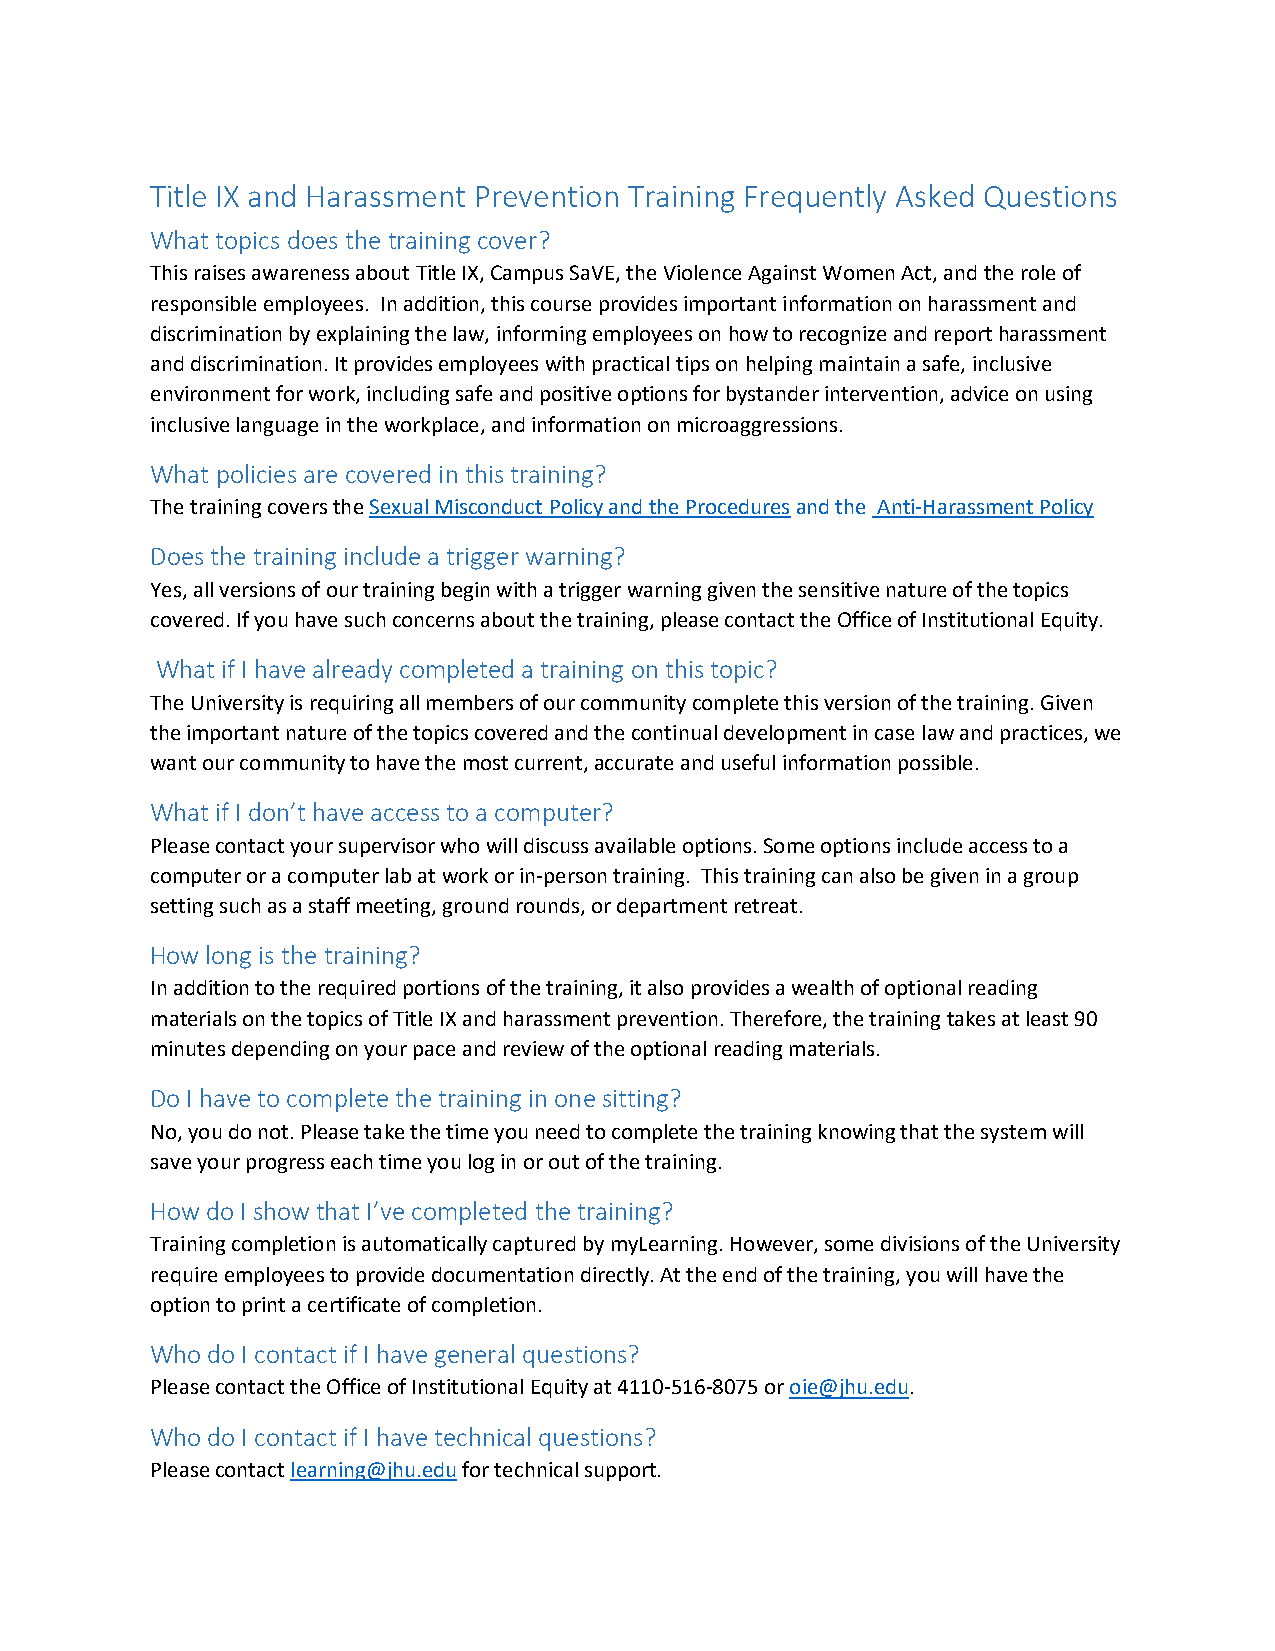
Title IX and Harassment Prevention Training Frequently Asked Questions
 What topics does the training cover?
 This raises awareness about Title IX, Campus SaVE, the Violence Against Women Act, and the role of
 responsible employees. In addition, this course provides important information on harassment and
 discrimination by explaining the law, informing employees on how to recognize and report harassment
 and discrimination. It provides employees with practical tips on helping maintain a safe, inclusive
 environment for work, including safe and positive options for bystander intervention, advice on using
 inclusive language in the workplace, and information on microaggressions.
 What policies are covered in this training?
 The training covers the Sexual Misconduct Policy and the Procedures and the Anti-Harassment Policy
 Does the training include a trigger warning?
 Yes, all versions of our training begin with a trigger warning given the sensitive nature of the topics
 covered. If you have such concerns about the training, please contact the Office of Institutional Equity.
 What if I have already completed a training on this topic?
 The University is requiring all members of our community complete this version of the training. Given
 the important nature of the topics covered and the continual development in case law and practices, we
 want our community to have the most current, accurate and useful information possible.
 What if I don’t have access to a computer?
 Please contact your supervisor who will discuss available options. Some options include access to a
 computer or a computer lab at work or in-person training. This training can also be given in a group
 setting such as a staff meeting, ground rounds, or department retreat.
 How long is the training?
 In addition to the required portions of the training, it also provides a wealth of optional reading
 materials on the topics of Title IX and harassment prevention. Therefore, the training takes at least 90
 minutes depending on your pace and review of the optional reading materials.
 Do I have to complete the training in one sitting?
 No, you do not. Please take the time you need to complete the training knowing that the system will
 save your progress each time you log in or out of the training.
 How do I show that I’ve completed the training?
 Training completion is automatically captured by myLearning. However, some divisions of the University
 require employees to provide documentation directly. At the end of the training, you will have the
 option to print a certificate of completion.
 Who do I contact if I have general questions?
 Please contact the Office of Institutional Equity at 4110-516-8075 or oie@jhu.edu.
 Who do I contact if I have technical questions?
 Please contact learning@jhu.edu for technical support.